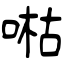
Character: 喖